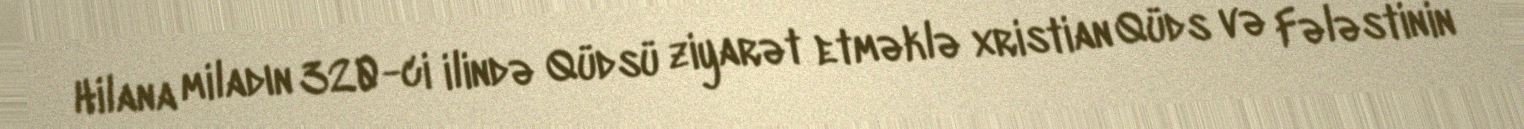
Hilana miladın 320-ci ilində Qüdsü ziyarət etməklə xristian Qüds və Fələstinin